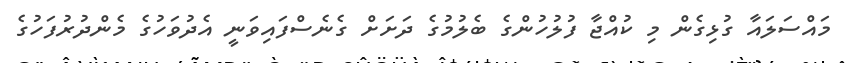
މައްސަލައާ ގުޅިގެން މި ކުއްޖާ ފުލުހުންގެ ބެލުމުގެ ދަށަށް ގެނެސްފައިވަނީ އެދުވަހުގެ މެންދުރުފަހުގެ